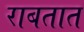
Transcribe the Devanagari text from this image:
राबतात